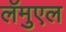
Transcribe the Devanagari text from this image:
लॅमुएल